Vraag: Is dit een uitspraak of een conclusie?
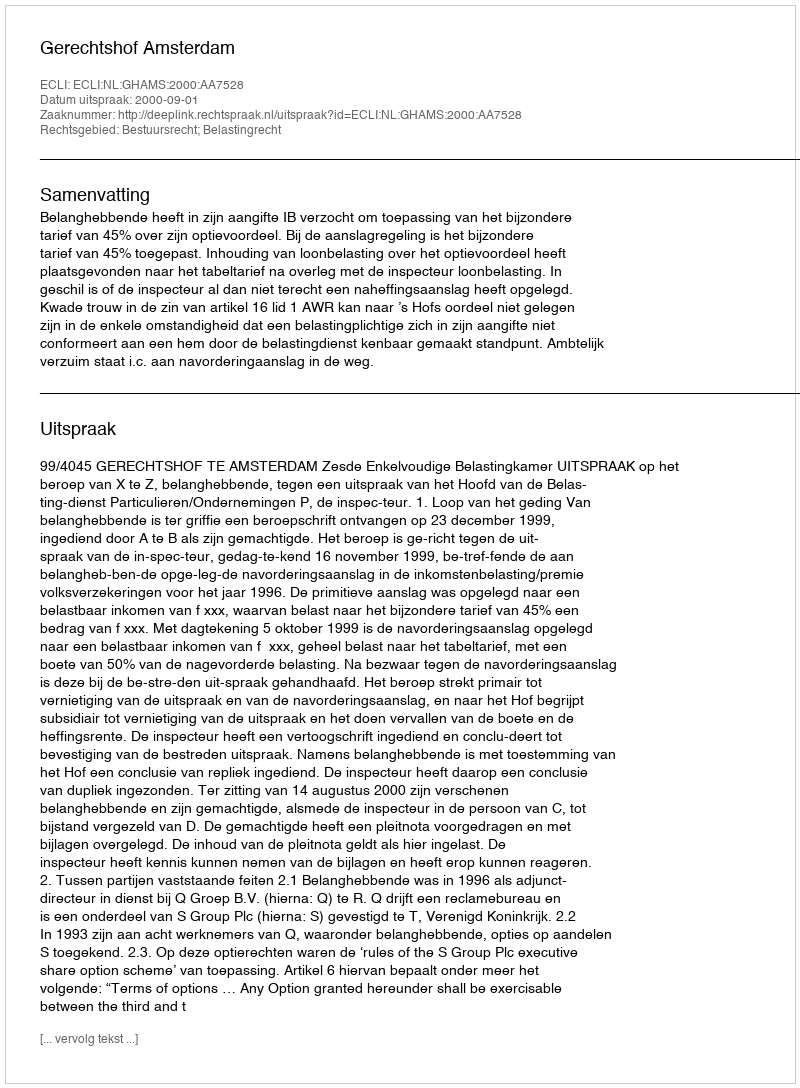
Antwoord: Uitspraak